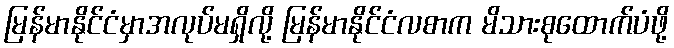
မြန်မာနိုင်ငံမှာအလုပ်မရှိလို့ မြန်မာနိုင်ငံလစာက မိသားစုထောက်ပံဖို့